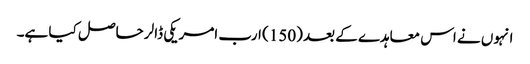
انہوں نے اس معاہدے کے بعد (150) ارب امریکی ڈالر حاصل کیا ہے۔